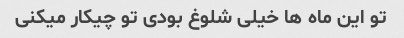
تو این ماه ها خیلی شلوغ بودی تو چیکار میکنی